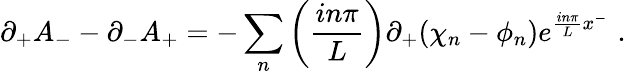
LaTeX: \partial_{+}A_{-}-\partial_{-}A_{+}=-\sum_{n}\left({\frac{in\pi}{L}}\right)\partial_{+}(\chi_{n}-\phi_{n})e^{{\frac{in\pi}{L}}x^{-}}\, \, .